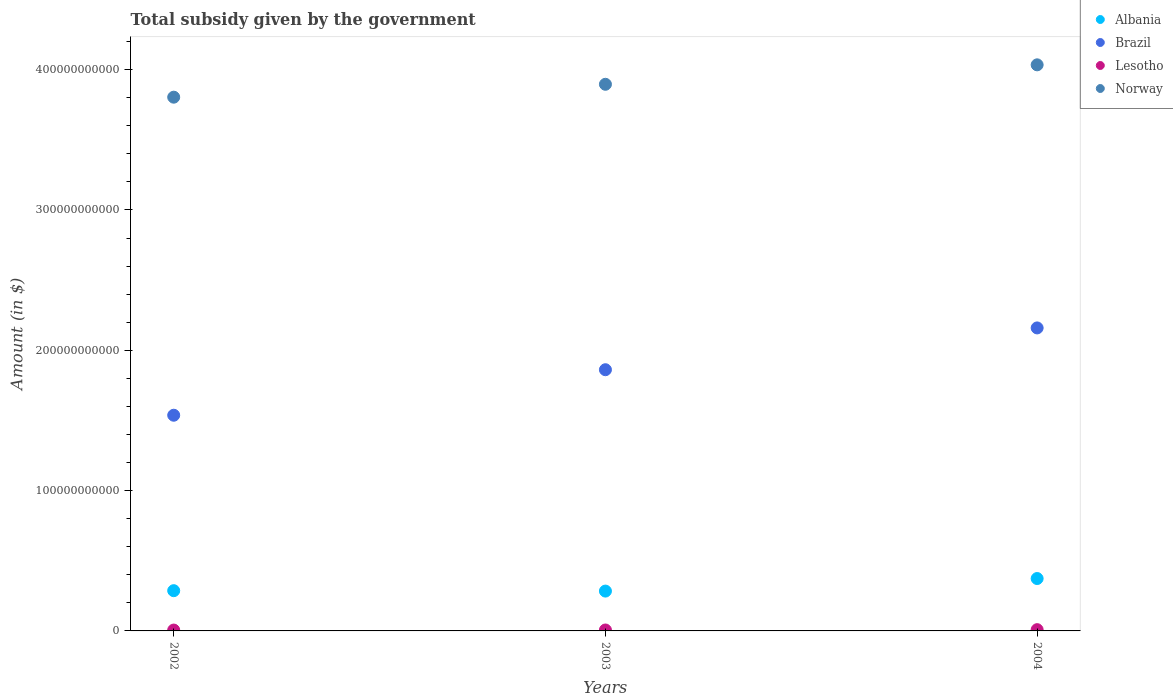
| Years | Albania | Brazil | Lesotho | Norway |
 | --- | --- | --- | --- | --- |
 | 2002 | 2.87e+10 | 1.54e+11 | 6.15e+08 | 3.8e+11 |
 | 2003 | 2.84e+10 | 1.86e+11 | 6.65e+08 | 3.9e+11 |
 | 2004 | 3.73e+10 | 2.16e+11 | 8.99e+08 | 4.03e+11 |